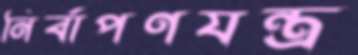
নির্বাপণযন্ত্র